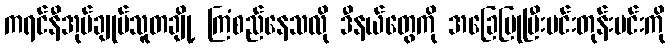
ကရင်နီအုပ်ချုပ်သူတချို့ ကြံစည်နေသလို ဒီနယ်တွေကို အခြေပြုပြီးမင်းတုန်းမင်းကို